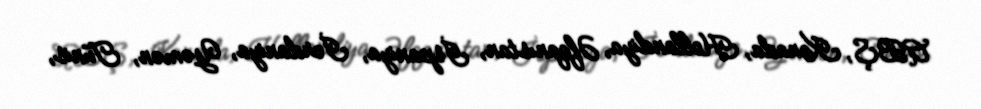
ABŞ, Kanada, Hollandiya, Əfqanıstan, İspaniya, İordaniya, Yəmən, Tunis,